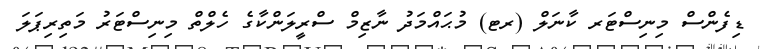
ޑިފެންސް މިނިސްޓަރ ކާނަލް (ރޓ) މުޙައްމަދު ނާޒިމް ސްރީލަންކާގެ ހެލްތް މިނިސްޓަރު މަތިރިޕަލަ